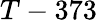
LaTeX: T-373